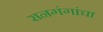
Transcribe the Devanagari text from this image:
रानगंगांचा